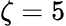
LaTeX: \zeta=5